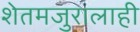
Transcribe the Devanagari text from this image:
शेतमजुरालाही